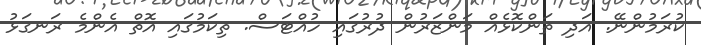
ކުރަމުންނޭ. އަދި ތަންކޮޅެއް މަންޒަރުން ދުރުގައި ހުއްޓަސް. ތިކަމުގައި އޮތް އެންމެ ރަނގަޅު